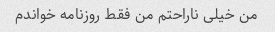
من خیلی ناراحتم من فقط روزنامه خواندم